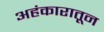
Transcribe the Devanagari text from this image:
अहंकारातून